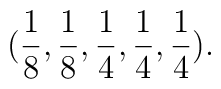
(\frac{1}{8},\frac{1}{8},\frac{1}{4},\frac{1}{4},\frac{1}{4}).